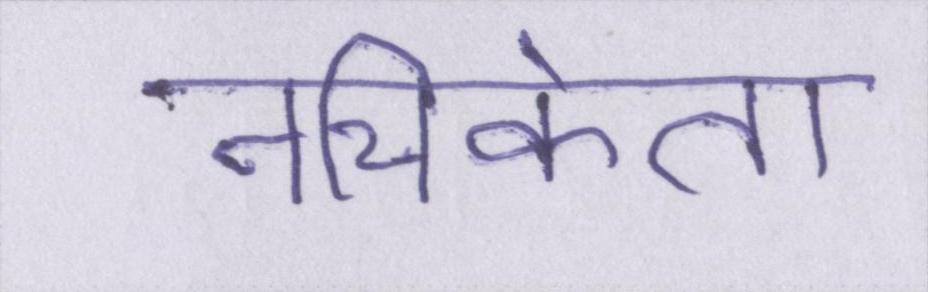
नचिकेता